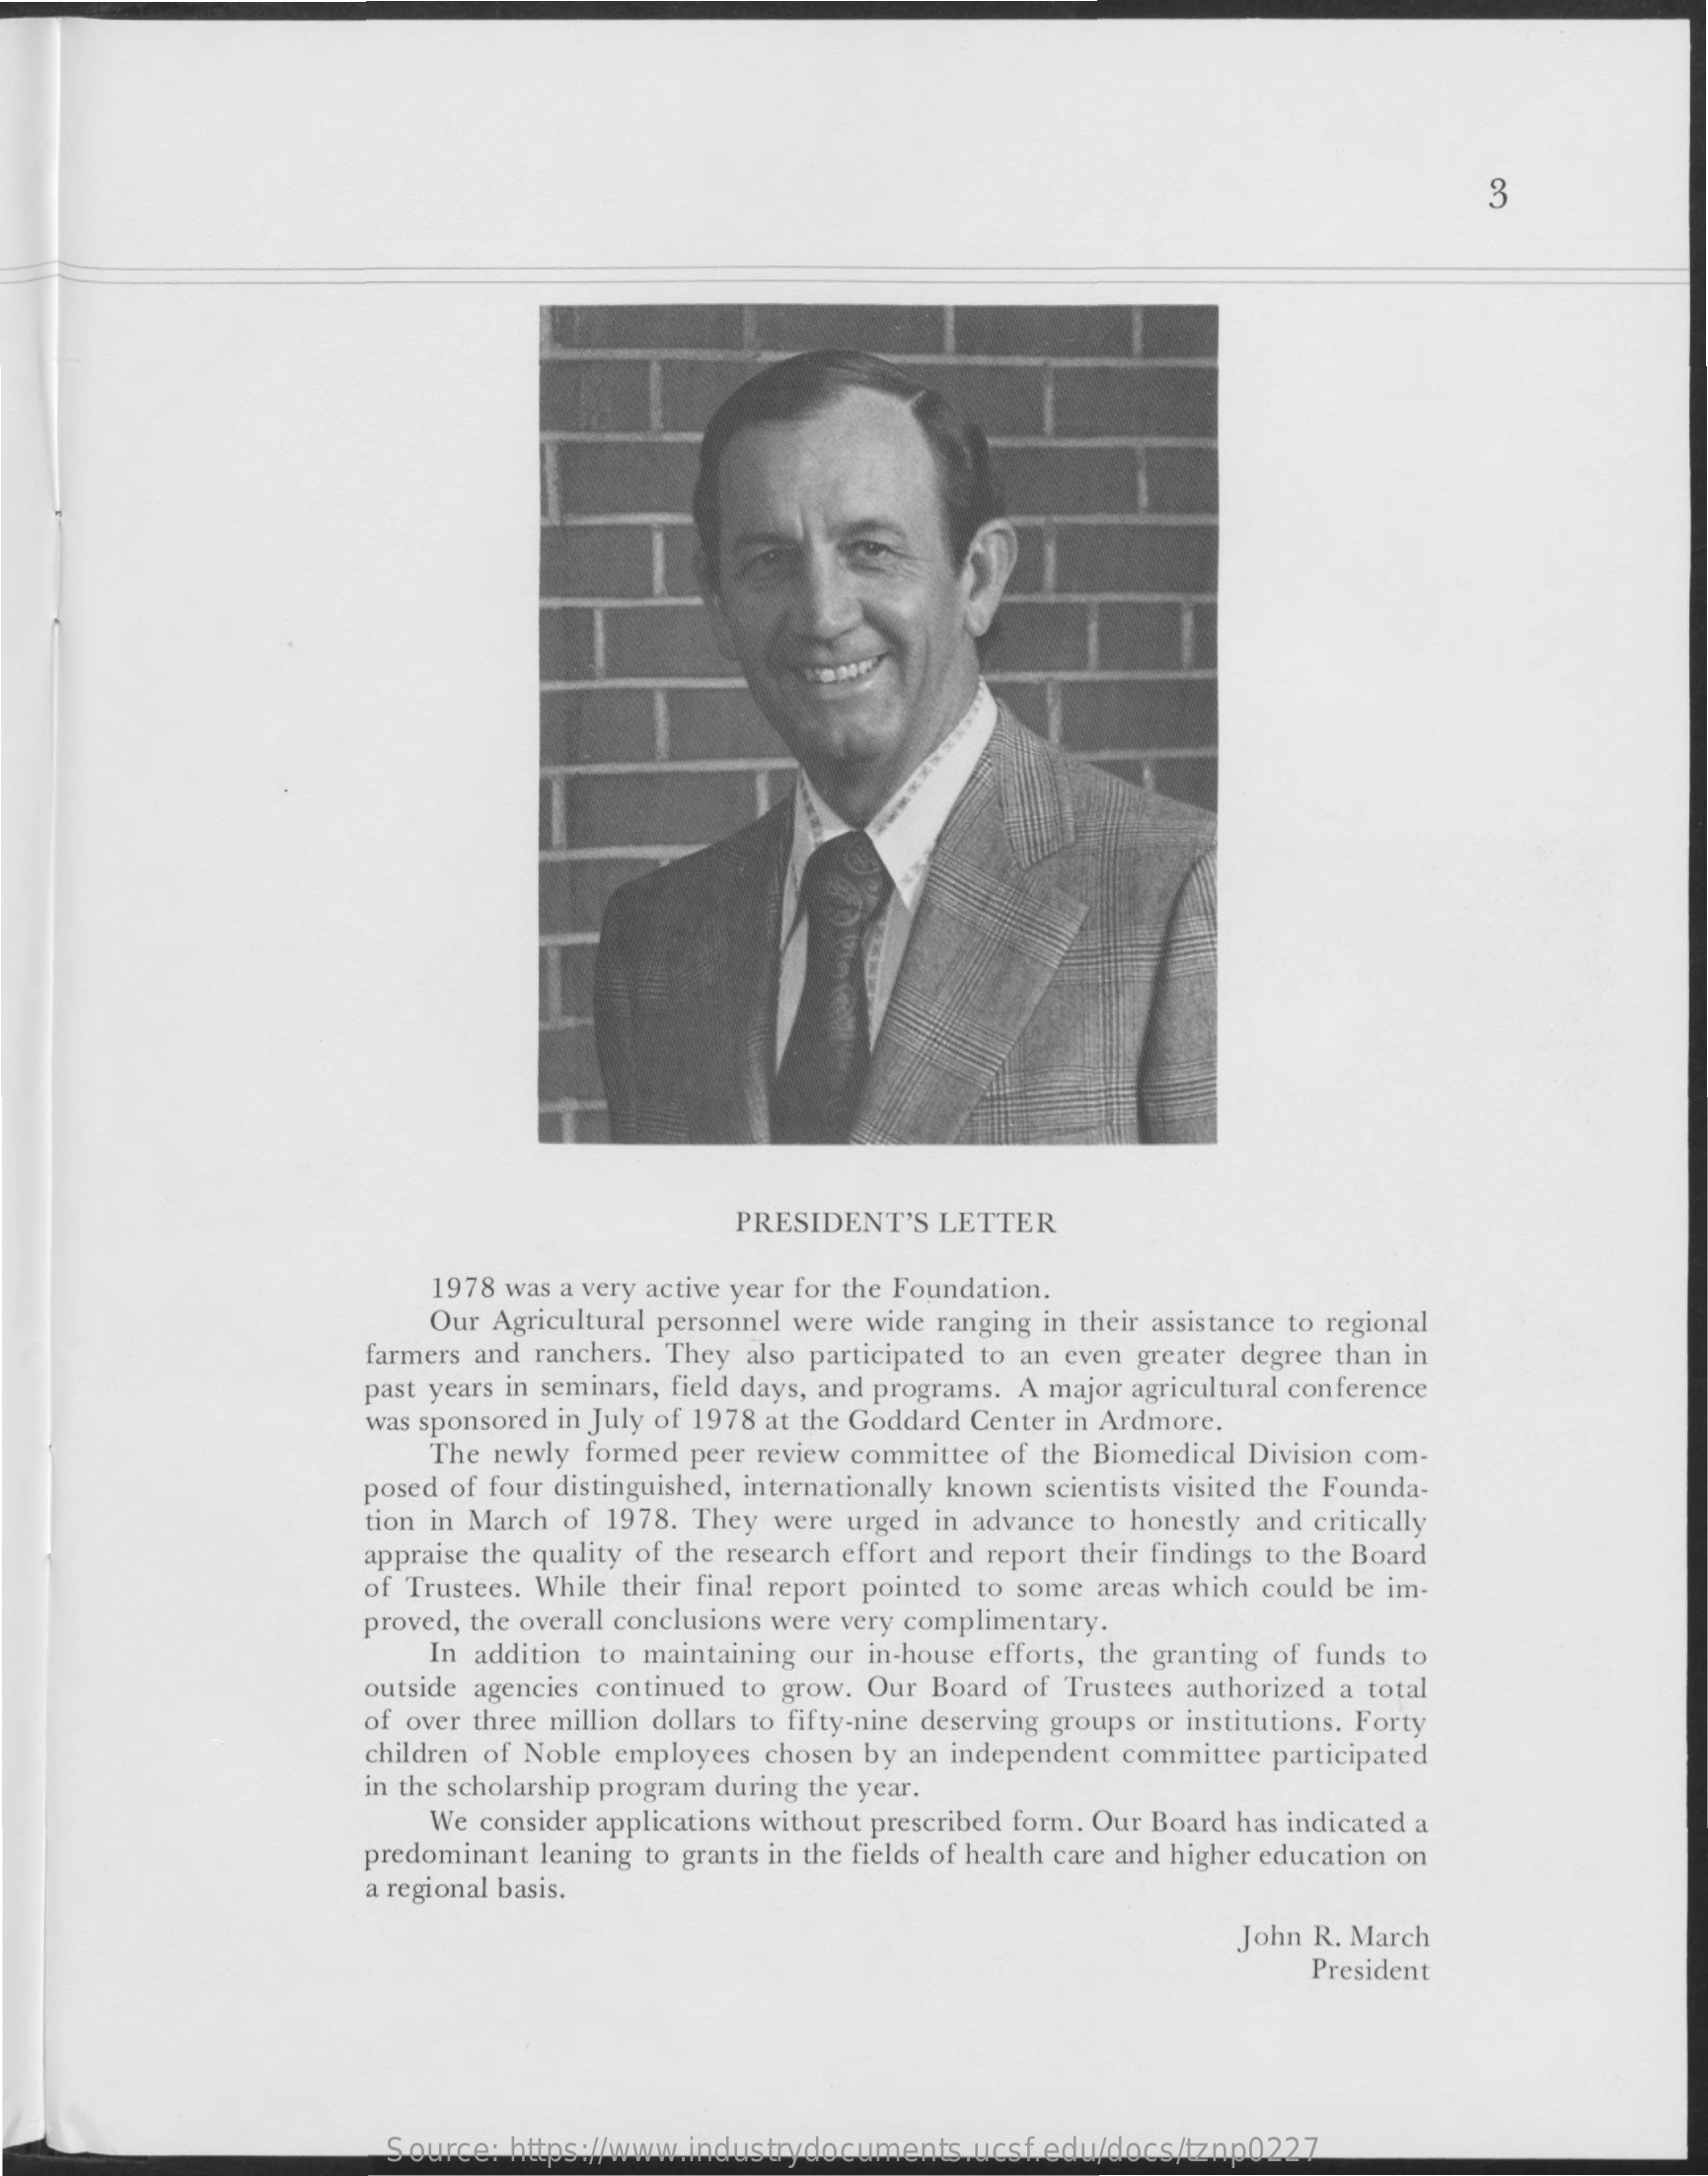
3
     PRESIDENT'S  LETTER
     1978 was a very active year for the Foundation.
     Our Agricultural personnel were wide ranging in their assistance to regional
     farmers and ranchers. They also participated to an even greater degree than in
     past years in seminars, field days, and programs. A major agricultural conference
     was sponsored in July of 1978 at the Goddard Center in Ardmore.
     The newly formed  peer review committee of the Biomedical Division com-
     posed of four distinguished, internationally known scientists visited the Founda-
     tion in March of 1978. They were urged in advance to honestly and critically
     appraise the quality of the research effort and report their findings to the Board
     of Trustees. While their final report pointed to some areas which could be im-
     proved, the overall conclusions were very complimentary.
     In addition to maintaining our in-house efforts, the granting of funds to
     outside agencies continued to grow. Our Board of Trustees authorized a total
     of over three million dollars to fifty-nine deserving groups or institutions. Forty
     children of Noble employees chosen by an independent committee participated
     in the scholarship program during the year.
     We consider applications without prescribed form. Our Board has indicated a
     predominant leaning to grants in the fields of health care and higher education on
     a regional basis.
     John R. March
     President
     Source: https://www.industrydocuments.ucsf.edu/docs/tznp0227